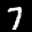
Label: 7